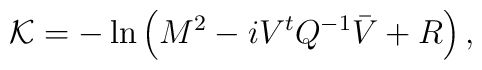
{\cal K} = - \ln \left( M^2 - i V^t {Q}^{-1} \bar{V} + R \right),